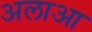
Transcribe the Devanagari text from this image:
अलाआ